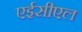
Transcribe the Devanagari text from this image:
एईसीएल